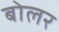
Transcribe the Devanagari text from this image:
बोलर